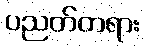
ပညတ်တရား